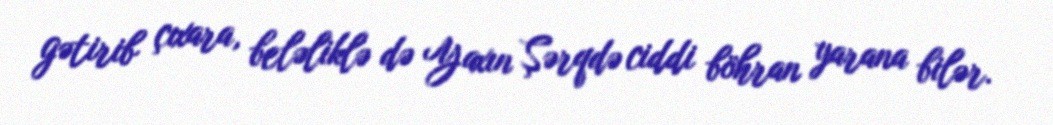
gətirib çıxara, beləliklə də Yaxın Şərqdə ciddi böhran yarana bilər.